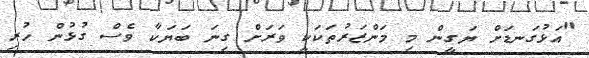
"އަޅުގަނޑަށް ޔަގީން މި މަންޒަރުތަކަކީ ވަރަށް ގިނަ ބަޔަކާ ވެސް ގުޅުން ހުރި